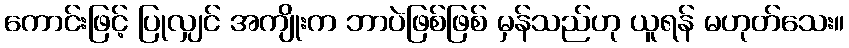
ကောင်းဖြင့် ပြုလျှင် အကျိုးက ဘာပဲဖြစ်ဖြစ် မှန်သည်ဟု ယူရန် မဟုတ်သေး။